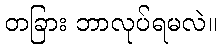
တခြား ဘာလုပ်ရမလဲ။